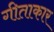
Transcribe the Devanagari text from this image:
गीताकार